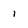
Character: 1